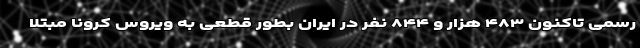
رسمی تاکنون ۴۸۳ هزار و ۸۴۴ نفر در ایران بطور قطعی به ویروس کرونا مبتلا